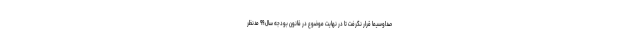
صداوسیما قرار نگرفت تا در نهایت موضوع در قانون بودجه سال ۹۹ مدنظر